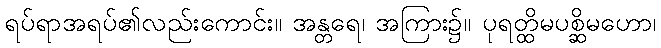
ရပ်ရာအရပ်၏လည်းကောင်း။ အန္တရေ၊ အကြား၌။ ပုရတ္ထိမပစ္ဆိမဟော၊